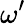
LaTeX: \omega^{\prime}